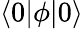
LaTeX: \langle 0|\phi|0\rangle